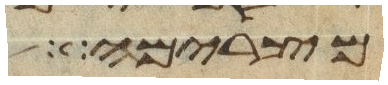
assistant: מצרימה